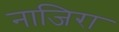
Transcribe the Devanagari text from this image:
नाजिरा